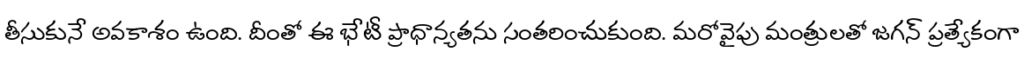
తీసుకునే అవకాశం ఉంది. దీంతో ఈ భేటీ ప్రాధాన్యతను సంతరించుకుంది. మరోవైపు మంత్రులతో జగన్ ప్రత్యేకంగా